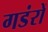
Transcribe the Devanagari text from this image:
गडंरों